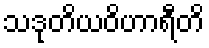
သဒုတိယဝိဟာရီတိ